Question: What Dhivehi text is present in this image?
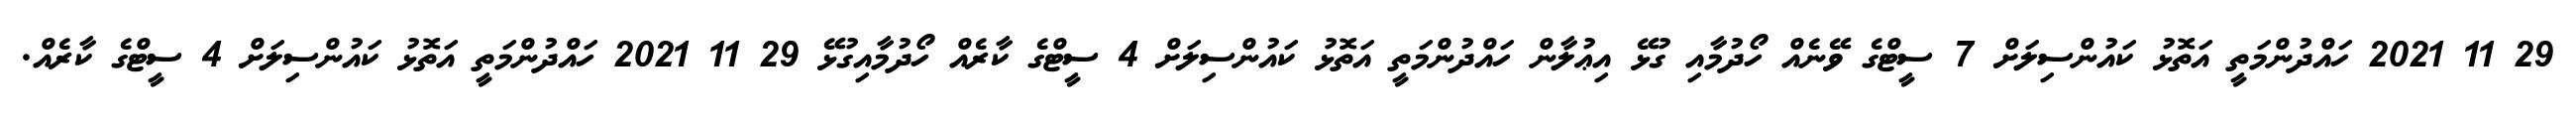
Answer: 29 11 2021 ހައްދުންމަތީ އަތޮޅު ކައުންސިލަށް 7 ސީޓްގެ ވޭނެއް ހޯދުމާއި ގުޅޭ އިޢުލާން ހައްދުންމަތީ އަތޮޅު ކައުންސިލަށް 4 ސީޓްގެ ކާރެއް ހޯދުމާއިގުޅޭ 29 11 2021 ހައްދުންމަތީ އަތޮޅު ކައުންސިލަށް 4 ސީޓްގެ ކާރެއް.